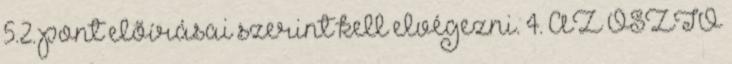
5.2. pont elõírásai szerint kell elvégezni. 4. AZ OSZTÓ